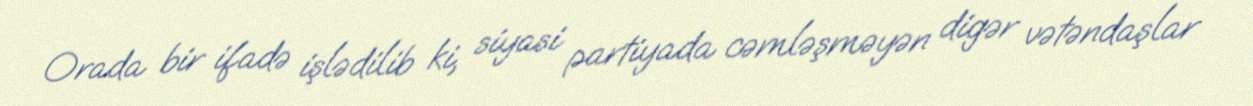
Orada bir ifadə işlədilib ki, siyasi partiyada cəmləşməyən digər vətəndaşlar